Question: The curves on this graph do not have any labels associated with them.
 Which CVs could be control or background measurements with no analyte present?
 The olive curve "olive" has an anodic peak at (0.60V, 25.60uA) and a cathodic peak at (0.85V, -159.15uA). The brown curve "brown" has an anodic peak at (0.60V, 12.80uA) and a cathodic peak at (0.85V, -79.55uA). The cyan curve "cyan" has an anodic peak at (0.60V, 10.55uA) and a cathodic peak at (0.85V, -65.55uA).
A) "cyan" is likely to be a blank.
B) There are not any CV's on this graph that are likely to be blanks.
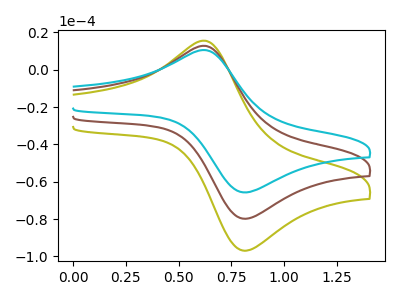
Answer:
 <answer>B) There are not any CV's on this graph that are likely to be blanks.</answer>
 <eval>B</eval>